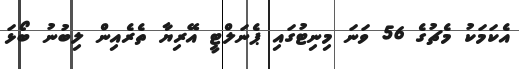
އެކަމަކު މެޗުގެ 56 ވަނަ މިނިޓުގައި ޕެނަލްޓީ އޭރިޔާ ތެރެއިން ލިބުނު ބޯޅަ